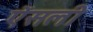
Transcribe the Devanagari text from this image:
ऐंसली